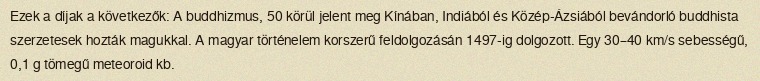
Ezek a díjak a következők: A buddhizmus, 50 körül jelent meg Kínában, Indiából és Közép-Ázsiából bevándorló buddhista szerzetesek hozták magukkal. A magyar történelem korszerű feldolgozásán 1497-ig dolgozott. Egy 30–40 km/s sebességű, 0,1 g tömegű meteoroid kb.